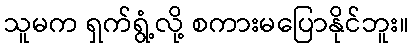
သူမက ရှက်ရွံ့လို့ စကားမပြောနိုင်ဘူး။